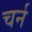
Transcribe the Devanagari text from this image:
चर्न